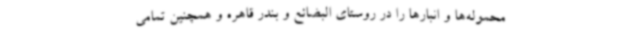
محموله‌ها و انبارها را در روستای البضائع و بندر قاهره و همچنین تمامی